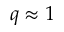
q \approx 1